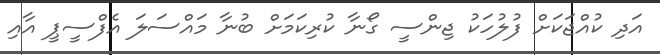
އަދި ކުއްޖަކަށް ފުލުހަކު ޖިންސީ ގޯނާ ކުރިކަމަށް ބުނާ މައްސަލަ އެފްސީޕީ އާއި